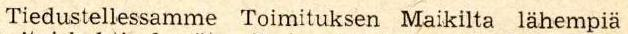
Tiedustellessamme Toimituksen Maikilta lähempiä